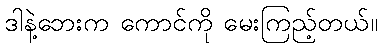
ဒါနဲ့ဘေးက ကောင်ကို မေးကြည့်တယ်။